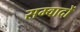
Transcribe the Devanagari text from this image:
सम्वादों